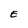
Character: E